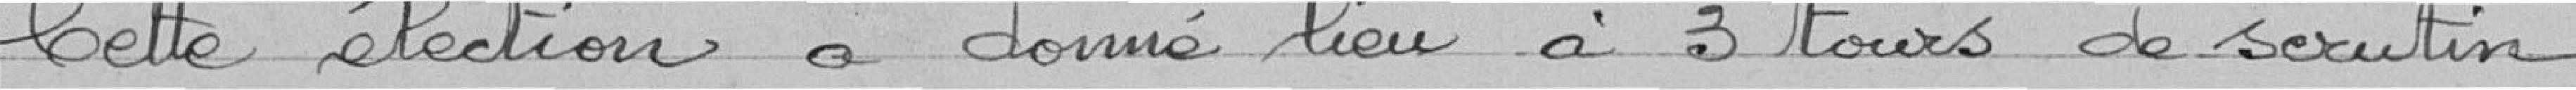
Cette élection à donné lieu à 3 tours de scrutin.